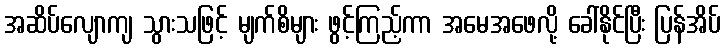
အဆိပ်လျောကျ သွားသဖြင့် မျက်စိများ ဖွင့်ကြည့်ကာ အမေအဖေလို့ ခေါ်နိုင်ပြီး ပြန်အိပ်